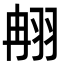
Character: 䎃